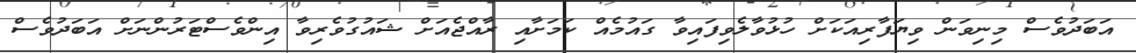
އަބަދުވެސް މިނިވަން ވިޔަފާރިއަކަށް ހުޅުވާލެވިފައިވާ ގައުމެއް ކަމަށާއި ރާއްޖެއަށް ޝައުގުވެރިވާ އިންވެސްޓަރުންނަށް އަބަދުވެސް